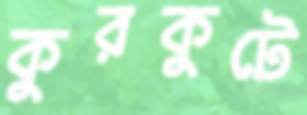
কুরকুটে